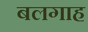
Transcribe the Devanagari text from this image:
बलगाह